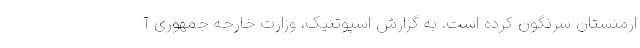
ارمنستان سرنگون کرده است. به گزارش اسپوتنیک، وزارت خارجه جمهوری آ